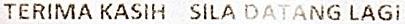
TERIMA KASIH SILA DATANG LAGI